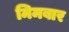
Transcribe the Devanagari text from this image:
मिमबार